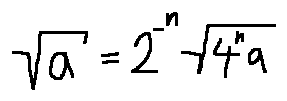
\sqrt { a } = 2 ^ { - n } \sqrt { 4 ^ { n } a }